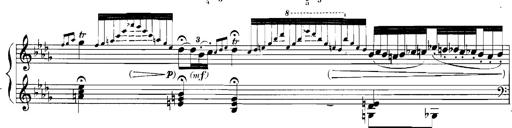
Title: Rhapsodies hongroises
Composer: Franz Liszt